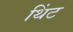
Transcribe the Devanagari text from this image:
थिंट